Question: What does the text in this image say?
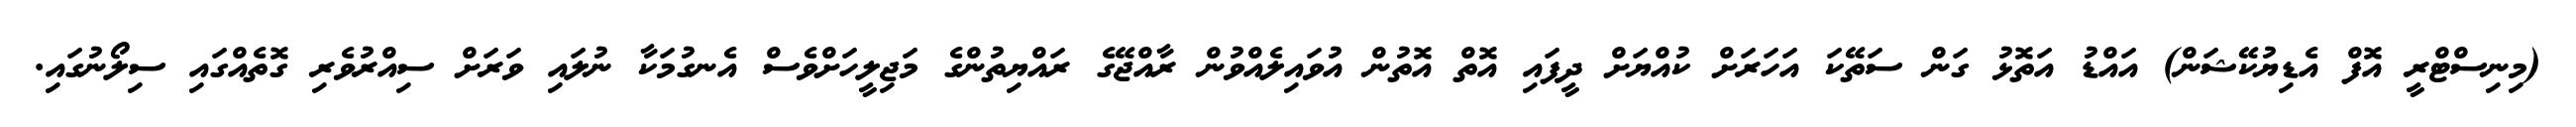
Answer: (މިނިސްޓްރީ އޮފް އެޑިޔުކޭޝަން) އައްޑު އަތޮޅު ގަން ސަތޭކަ އަހަރަށް ކުއްޔަށް ދީފައި އޮތް އޮތުން އުވައިލެއްވުން ރާއްޖޭގެ ރައްޔިތުންގެ މަޖިލީހަށްވެސް އެނގުމަކާ ނުލައި ވަރަށް ސިއްރުވެރި ގޮތެއްގައި ސިލޯނުގައި.